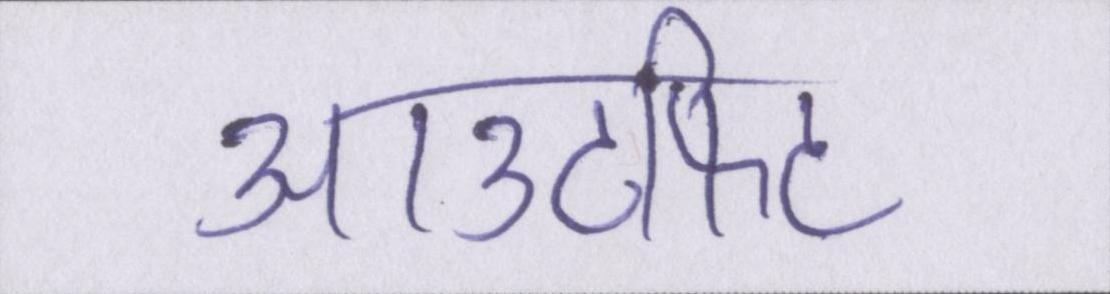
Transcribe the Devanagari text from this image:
आउटफिट